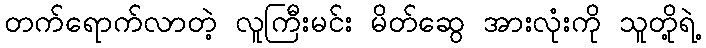
တက်ရောက်လာတဲ့ လူကြီးမင်း မိတ်ဆွေ အားလုံးကို သူတို့ရဲ့